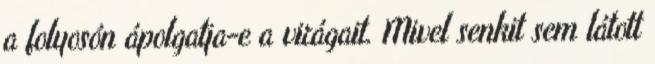
a folyosón ápolgatja-e a virágait. Mivel senkit sem látott